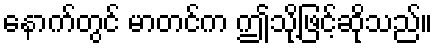
နောက်တွင် မာတင်က ဤသို့ဖြင့်ဆိုသည်။